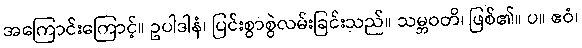
အကြောင်းကြောင့်။ ဥပါဒါနံ၊ ပြင်းစွာစွဲလမ်းခြင်းသည်။ သမ္ဘဝတိ၊ ဖြစ်၏။ ပ။ ဧဝံ၊